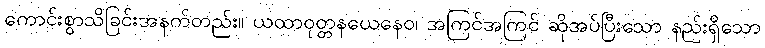
ကောင်းစွာသိခြင်းအနက်တည်း။ ယထာဝုတ္တနယေနေဝ၊ အကြင်အကြင် ဆိုအပ်ပြီးသော နည်းရှိသော